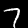
Label: 7